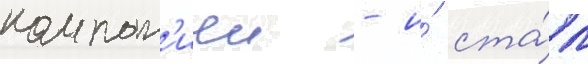
компан'иеи - и́ ста́л